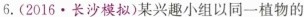
6.(2016·长沙模拟)某兴趣小组以同一植物的